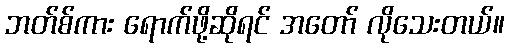
ဘတ်စ်ကား ရောက်ဖို့ဆိုရင် အတော် လိုသေးတယ်။